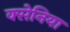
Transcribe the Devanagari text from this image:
क्सेनिया